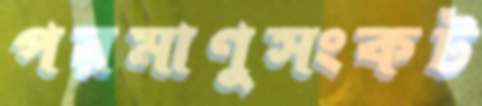
পরমাণুসংকট